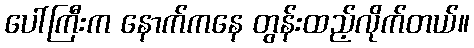
ပေါ်ကြီးက နောက်ကနေ တွန်းထည့်လိုက်တယ်။